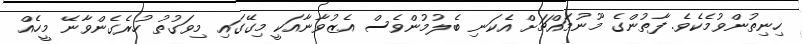
ހިނިތުންވުމެކެވެ. ފާތުންގެ މޫނުމައްޗަށް އެކަނި ބެލުމުންވެސް އެޒުވާނާއަކީ މިގޭގައި މިވަގުތު ހުރެގެންވާނޭ މީހެއް